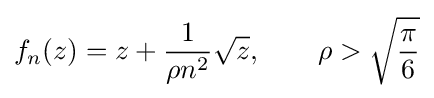
f_{n}(z)=z+{\frac {1}{\rho n^{2}}}{\sqrt {z}},\qquad \rho >{\sqrt {\frac {\pi }{6}}}